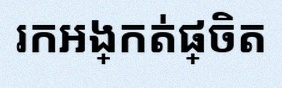
រកអង្កត់ផ្ចិត